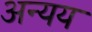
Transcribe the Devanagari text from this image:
अन्यय